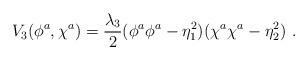
LaTeX: \begin{align*}V_3(\phi^a,\chi^a)=\frac{\lambda_3}2(\phi^a\phi^a-\eta_1^2)(\chi^a\chi^a-\eta_2^2) \ .\end{align*}